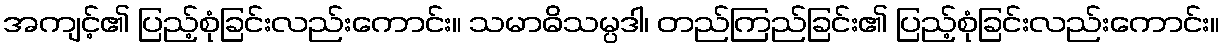
အကျင့်၏ ပြည့်စုံခြင်းလည်းကောင်း။ သမာဓိသမ္ပဒါ၊ တည်ကြည်ခြင်း၏ ပြည့်စုံခြင်းလည်းကောင်း။